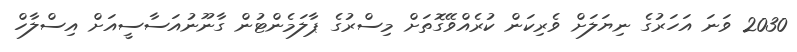
2030 ވަނަ އަހަރުގެ ނިޔަލަށް ވެރިކަން ކުރެއްވޭގޮތަށް މިސްރުގެ ޕާލަމެންޓުން ގާނޫނުއަސާސީއަށް އިސްލާހް